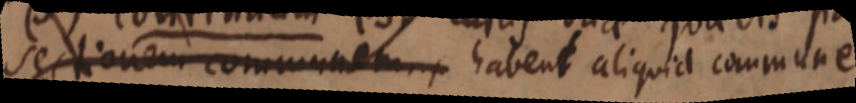
sectionem communem habent aliquid commune